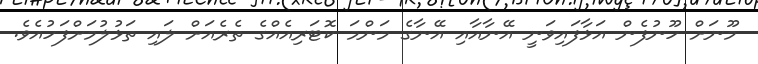
މޫނަށް ހޫނުފެން އަޅާފައިވަނީ އޭނާއާއި އޭނާގެ މަންމަ ކޮޓަރިއެއްގެ ތެރެއަށް ލައި ތަޅުލުމަށްފަހުއެވެ.